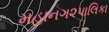
મહાનગ૨પાલિકા